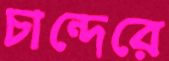
চান্দেরে